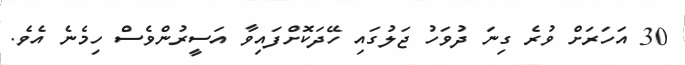
30 އަހަރަށް ވުރެ ގިނަ ދުވަހު ޖަލުގައި ހޭދަކޮށްފައިވާ އަސީރުންވެސް ހިމެނެ އެވެ.